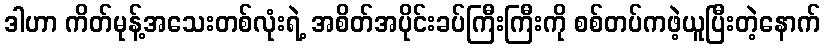
ဒါဟာ ကိတ်မုန့်အသေးတစ်လုံးရဲ့ အစိတ်အပိုင်းခပ်ကြီးကြီးကို စစ်တပ်ကဖဲ့ယူပြီးတဲ့နောက်